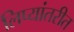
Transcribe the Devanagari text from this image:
लिप्यांतरीत